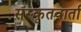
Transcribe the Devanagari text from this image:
संस्कृतवार्ता